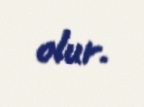
olur.